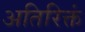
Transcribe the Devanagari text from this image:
अतिरिक्तं